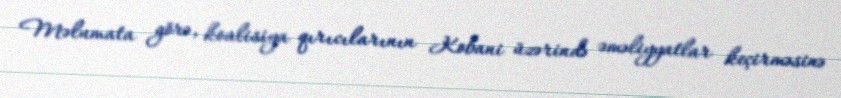
Məlumata görə, koalisiya qırıcılarının Kobani üzərində əməliyyatlar keçirməsinə